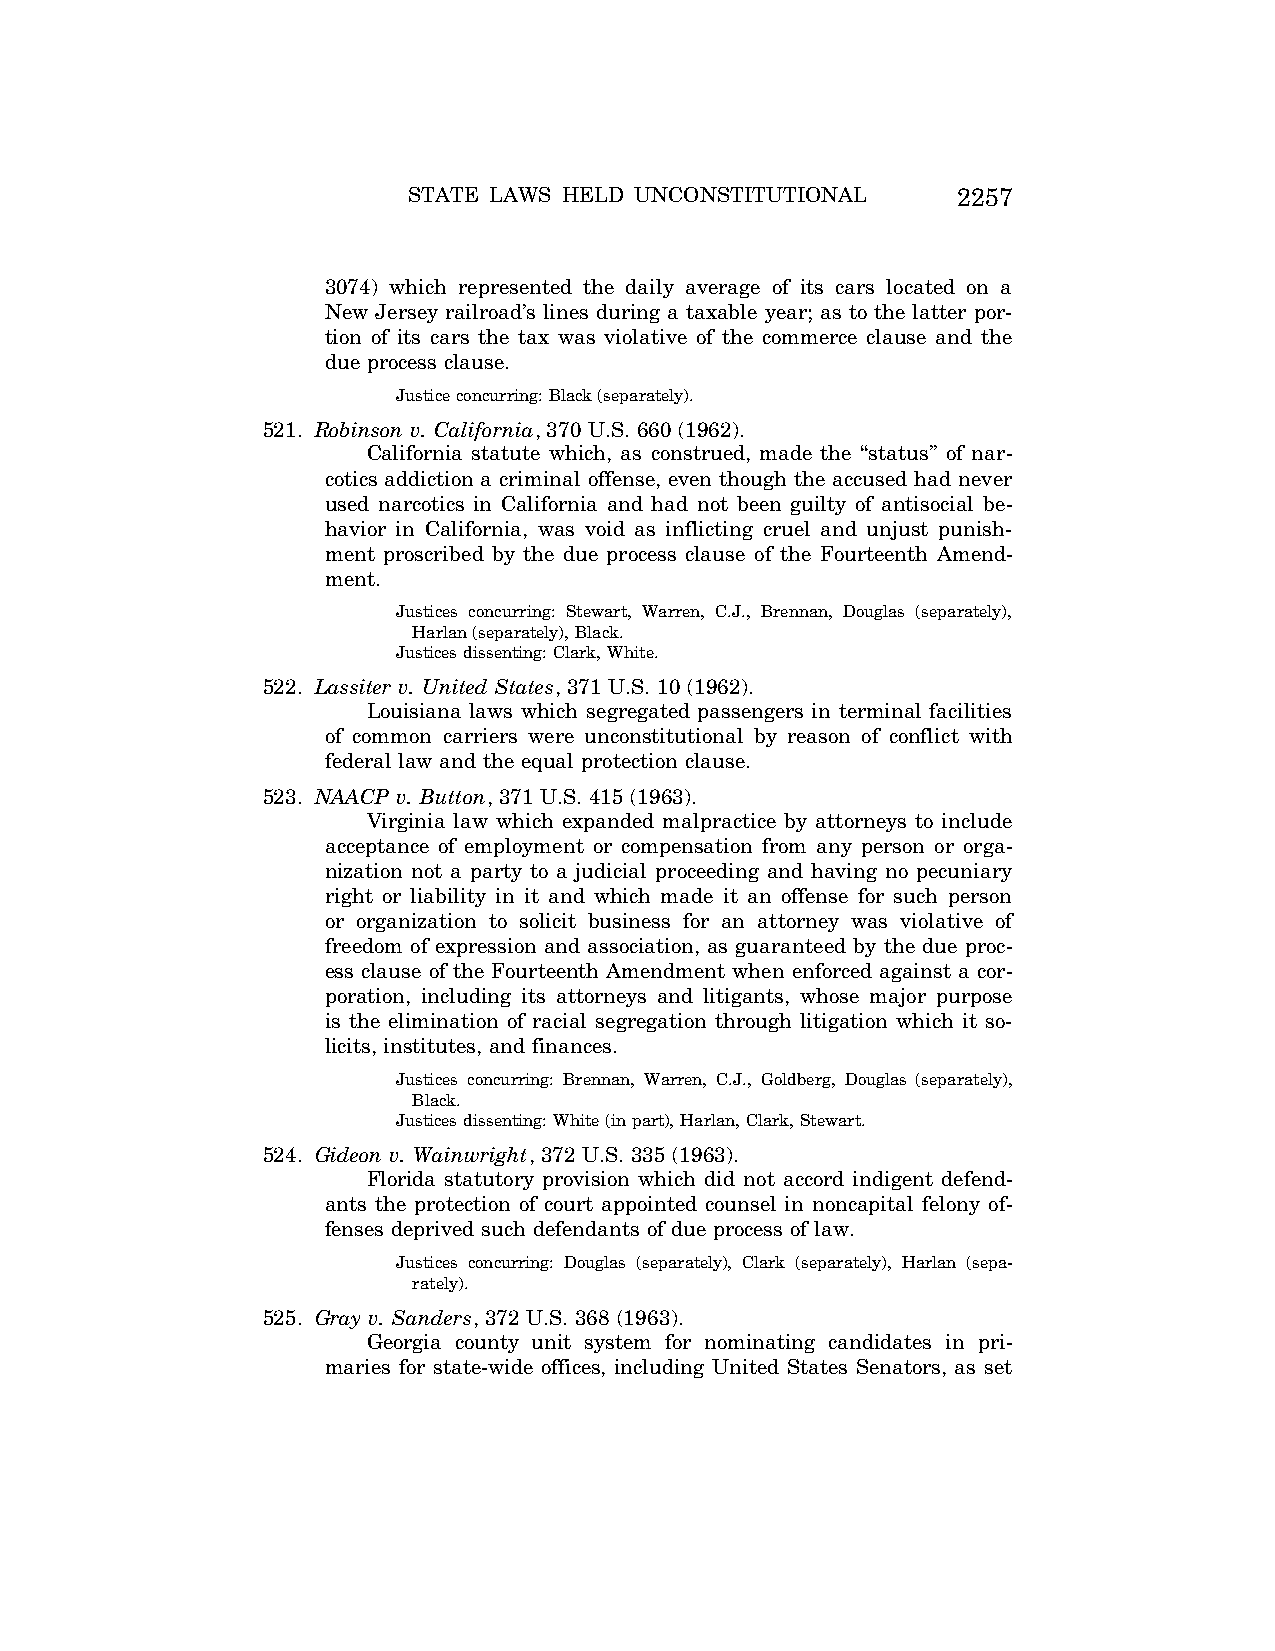
STATE LAWS HELD UNCONSTITUTIONAL    2257
 3074) which represented the daily average of its cars located on a
 New Jersey railroad’s lines during a taxable year; as to the latter por-
 tion of its cars the tax was violative of the commerce clause and the
 due process clause.
 Justice concurring: Black (separately).
 521. Robinson v. California, 370 U.S. 660 (1962).
 California statute which, as construed, made the ‘‘status’’ of nar-
 cotics addiction a criminal offense, even though the accused had never
 used narcotics in California and had not been guilty of antisocial be-
 havior in California, was void as inflicting cruel and unjust punish-
 ment proscribed by the due process clause of the Fourteenth Amend-
 ment.
 Justices concurring: Stewart, Warren, C.J., Brennan, Douglas (separately),
 Harlan (separately), Black.
 Justices dissenting: Clark, White.
 522. Lassiter v. United States, 371 U.S. 10 (1962).
 Louisiana laws which segregated passengers in terminal facilities
 of common carriers were unconstitutional by reason of conflict with
 federal law and the equal protection clause.
 523. NAACP v. Button, 371 U.S. 415 (1963).
 Virginia law which expanded malpractice by attorneys to include
 acceptance of employment or compensation from any person or orga-
 nization not a party to a judicial proceeding and having no pecuniary
 right or liability in it and which made it an offense for such person
 or organization to solicit business for an attorney was violative of
 freedom of expression and association, as guaranteed by the due proc-
 ess clause of the Fourteenth Amendment when enforced against a cor-
 poration, including its attorneys and litigants, whose major purpose
 is the elimination of racial segregation through litigation which it so-
 licits, institutes, and finances.
 Justices concurring: Brennan, Warren, C.J., Goldberg, Douglas (separately),
 Black.
 Justices dissenting: White (in part), Harlan, Clark, Stewart.
 524. Gideon v. Wainwright, 372 U.S. 335 (1963).
 Florida statutory provision which did not accord indigent defend-
 ants the protection of court appointed counsel in noncapital felony of-
 fenses deprived such defendants of due process of law.
 Justices concurring: Douglas (separately), Clark (separately), Harlan (sepa-
 rately).
 525. Gray v. Sanders, 372 U.S. 368 (1963).
 Georgia county unit system for nominating candidates in pri-
 maries for state-wide offices, including United States Senators, as set
 VerDate Aug<04>2004 12:57 Aug 23, 2004 Jkt 077500 PO 00000 Frm 00097 Fmt 8222 Sfmt 8222 C:\CONAN\CON064.SGM PRFM99 PsN: CON064